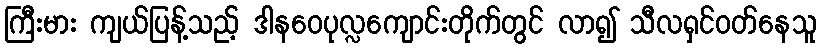
ကြီးမား ကျယ်ပြန့်သည့် ဒါနဝေပုလ္လကျောင်းတိုက်တွင် လာ၍ သီလရှင်ဝတ်နေသူ